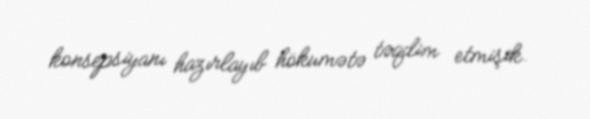
konsepsiyanı hazırlayıb hökumətə təqdim etmişik.